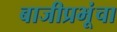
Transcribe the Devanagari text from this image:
बाजीप्रभूंचा